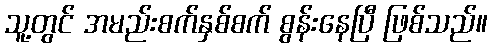
သူ့တွင် အမည်းစက်နှစ်စက် စွန်းနေပြီ ဖြစ်သည်။